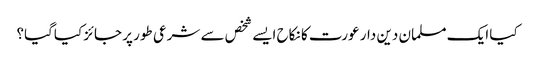
کیا ایک مسلمان دین دار عورت کا نکاح ایسے شخص سے شرعی طور پر جائز کیاگیا؟